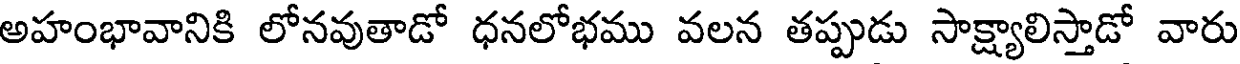
అహంభావానికి లోనవుతాడో ధనలోభము వలన తప్పుడు సాక్ష్యాలిస్తాడో వారు